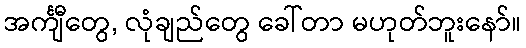
အင်္ကျီတွေ, လုံချည်တွေ ခေါ်တာ မဟုတ်ဘူးနော်။